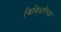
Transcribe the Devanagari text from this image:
विविधतेच्या